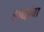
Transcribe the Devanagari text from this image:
इच्छांचा